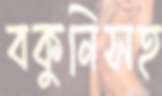
বকুনিসহ